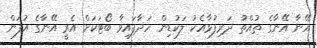
އޭނާ އޭނާގެ ތުއްތު ދަރިފުޅާއެކު ލަކުޑިން ހަދާފައިވާ ބޯޓަކަށް އެރީ އޭނާގެ އުފަން